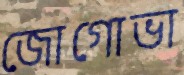
জোগোভা